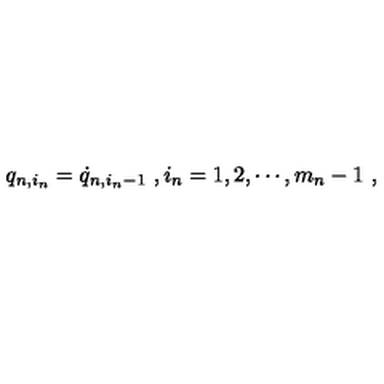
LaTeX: q _ { n , i _ { n } } = \dot { q } _ { n , i _ { n } - 1 } \ , i _ { n } = 1 , 2 , \cdots , m _ { n } - 1 \ ,